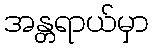
အန္တရာယ်မှာ